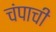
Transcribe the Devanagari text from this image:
चंपाची